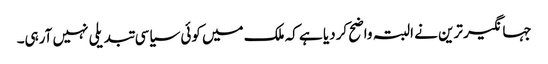
جہانگیر ترین نے البتہ واضح کردیا ہے کہ ملک میں کوئی سیاسی تبدیلی نہیں آرہی۔